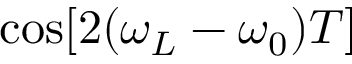
\mathrm { c o s } [ 2 ( \omega _ { L } - \omega _ { 0 } ) T ]